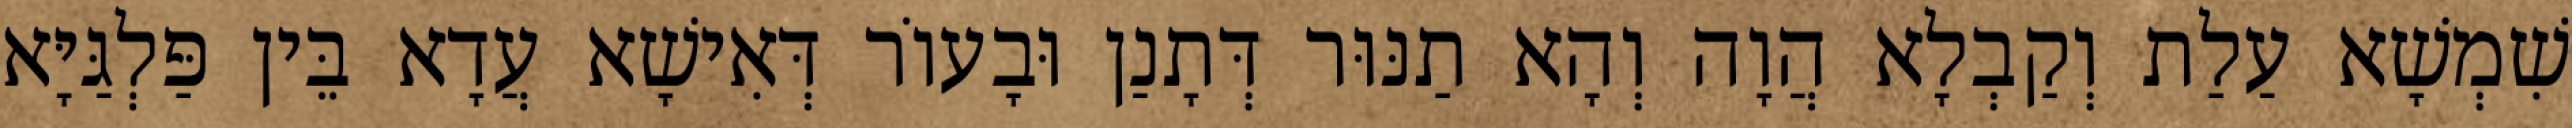
שִׁמְשָׁא עַלַת וְקַבְלָא הֲוָה וְהָא תַנּוּר דְּתָנַן וּבָעוֹר דְּאִישָׁא עֲדָא בֵּין פַּלְגַּיָּא